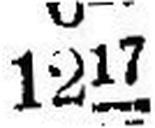
1217